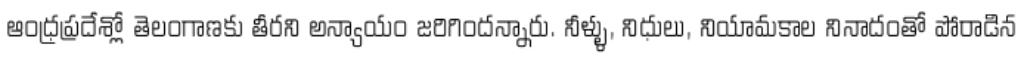
ఆంధ్రప్రదేశ్లో తెలంగాణకు తీరని అన్యాయం జరిగిందన్నారు. నీళ్ళు, నిధులు, నియామకాల నినాదంతో పోరాడిన